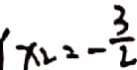
x _ { 2 } = - \frac { 3 } { 2 }